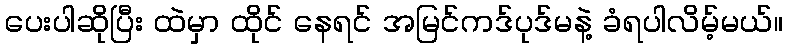
ပေးပါဆိုပြီး ထဲမှာ ထိုင် နေရင် အမြင်ကဒ်ပုဒ်မနဲ့ ခံရပါလိမ့်မယ်။